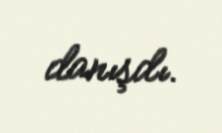
danışdı.